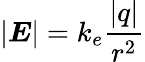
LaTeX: |{\boldsymbol{E}}|={k_{e}}{\frac{|q|}{r^{2}}}